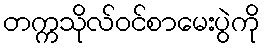
တက္ကသိုလ်ဝင်စာမေးပွဲကို